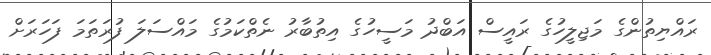
ރައްޔިތުންގެ މަޖިލީހުގެ ރައީސް އަބްދު މަސީހުގެ އިތުބާރު ނެތްކަމުގެ މައްސަލަ ފުރަތަމަ ފަހަރަށް